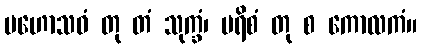
မဟောသဓံ တု တံ သုက္ခံ၊ မရိစံ တု စ ကောလကံ။